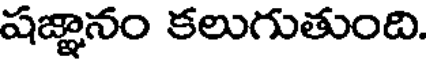
షజ్ఞానం కలుగుతుంది.